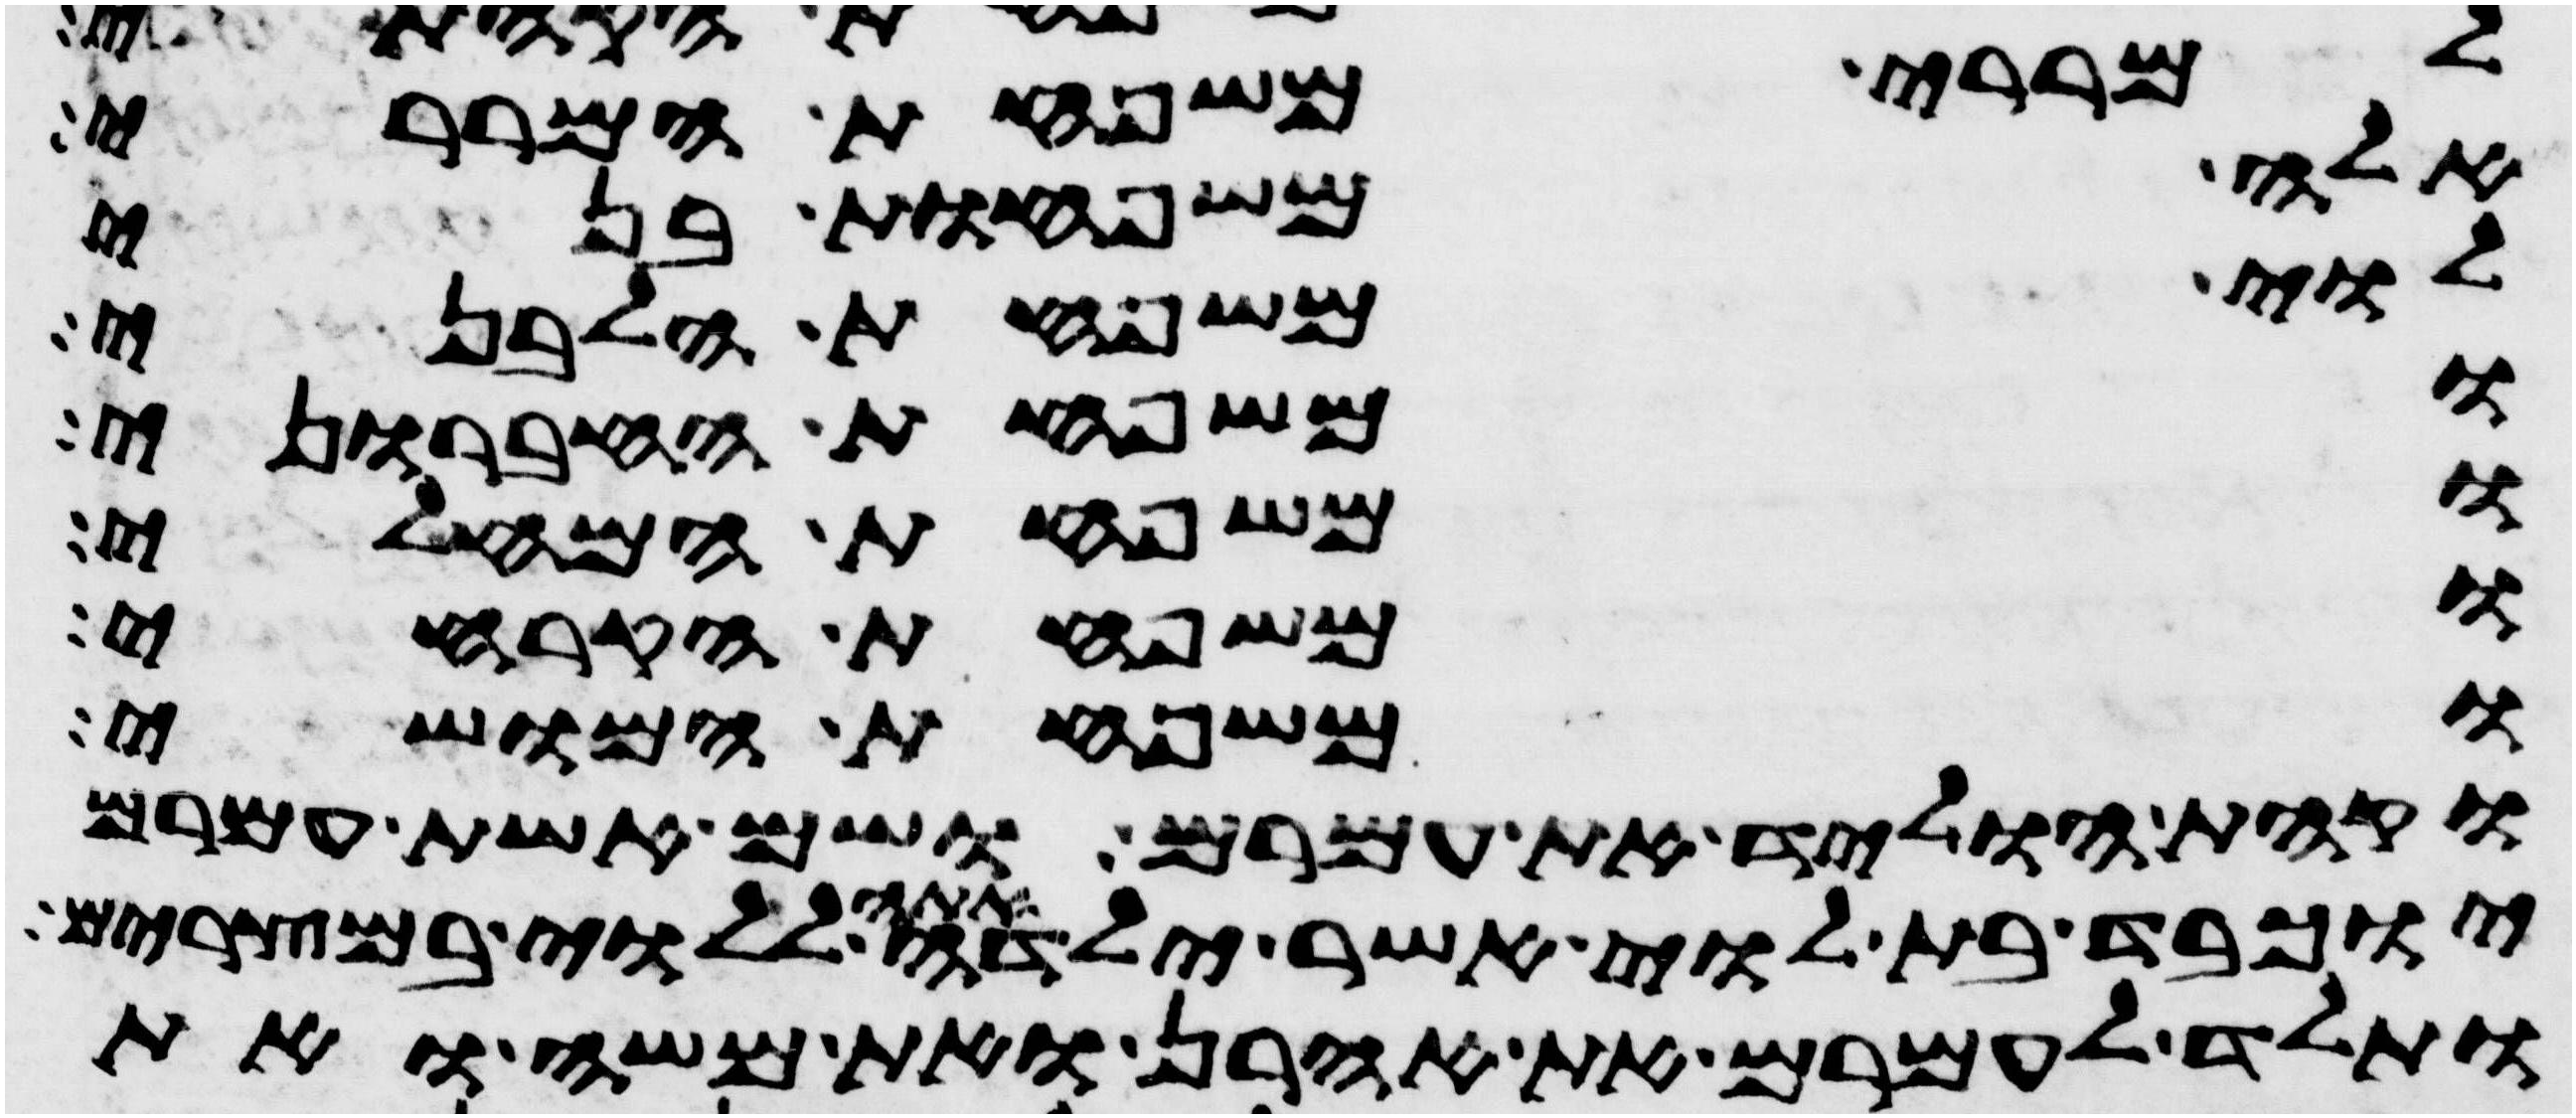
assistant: למררי משפחת המררי
אלה משפחות בני
לוי משפחת הלבני
ומשפחת החברוני
ומשפחת המחלי
ומשפחת הקרחי
ומשפחת המושי
וקהת הוליד את עמרם ושם אשת עמרם
יוכבד בת לוי אשר ילדה אתה ללוי במצרים
ותלד לעמרם את אהרן ואת משה ואת